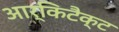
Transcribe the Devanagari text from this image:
आर्किटैक्ट